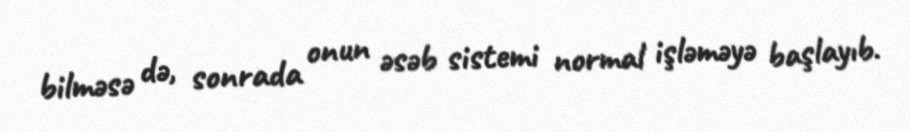
bilməsə də, sonrada onun əsəb sistemi normal işləməyə başlayıb.